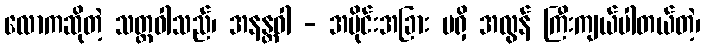
လောကဆိုတဲ့ သတ္တဝါသည်၊ အနန္တဝါ - အပိုင်းအခြား မရှိ အလွန် ကြီးကျယ်ပါတယ်တဲ့၊